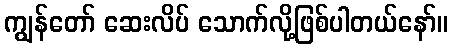
ကျွန်တော် ဆေးလိပ် သောက်လို့ဖြစ်ပါတယ်နော်။